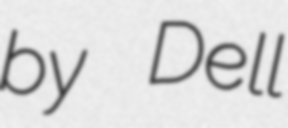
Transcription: by Dell